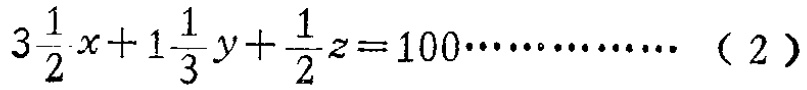
\(3\frac{1}{2}x + 1\frac{1}{3}y+\frac{1}{2}z = 100\cdots\cdots\cdots\cdots （2）\)